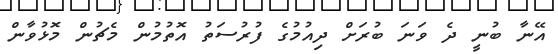
އޭނާ ބުނީ ދެ ވަނަ ބުރަށް ދިއުމުގެ ފުރުސަތު އޮތުމުން މެޗުން މޮޅުވާން